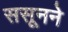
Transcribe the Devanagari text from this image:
ससूनने